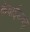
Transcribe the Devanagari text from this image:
केवाईडब्लू